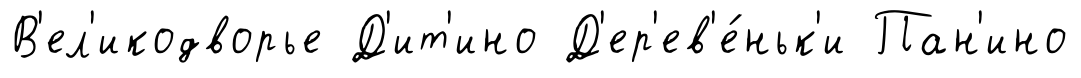
В'ел'икодворье Д'ит'ино Д'ер'ев'е́ньк'и Пан'ино